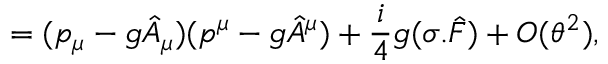
= ( p _ { \mu } - g \hat { A } _ { \mu } ) ( p ^ { \mu } - g \hat { A } ^ { \mu } ) + { \frac { i } { 4 } } g ( \sigma . \hat { F } ) + O ( \theta ^ { 2 } ) ,